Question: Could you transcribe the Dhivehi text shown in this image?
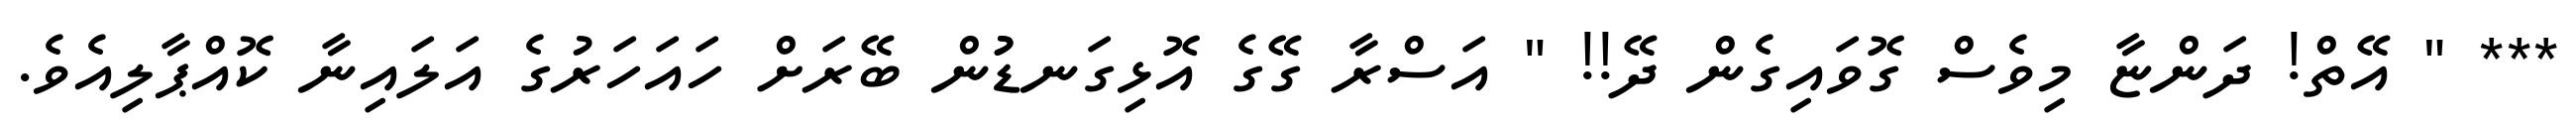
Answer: *** " އޭތް! ދަންޏާ މިވެސް ގޮވައިގެން ދޭ!! " އަސްރާ ގޭގެ އޮޅިގަނޑުުން ބޭރަށް ހައަހަރުގެ އަލައިނާ ކޮއްޕާލިއެވެ.